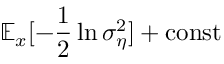
\mathbb { E } _ { x } [ - \frac { 1 } { 2 } \ln \sigma _ { \eta } ^ { 2 } ] + \mathrm { c o n s t }